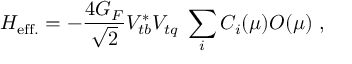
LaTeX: { \cal H } _ { \mathrm { e f f . } } = - \frac { 4 G _ { F } } { \sqrt { 2 } } V _ { t b } ^ { * } V _ { t q } \; \sum _ { i } C _ { i } ( \mu ) O ( \mu ) ~ ,